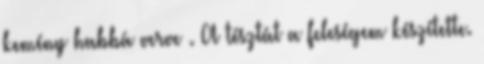
kemény habbá verve . A tésztát a feleségem készítette.